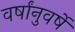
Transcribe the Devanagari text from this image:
वर्षांनुवर्षे